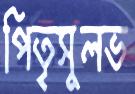
পিতৃসুলভ